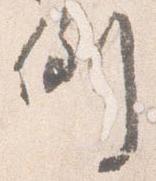
倒